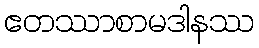
ဧတဿာစာမဒါနဿ